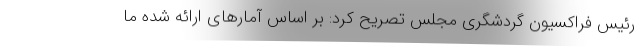
رئیس فراکسیون گردشگری مجلس تصریح کرد: بر اساس آمار‌های ارائه شده ما